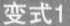
变式1